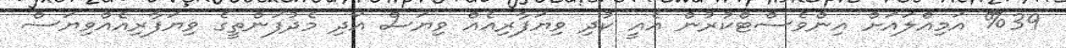
%39 އަމިއްލައަށް އިންވެސްޓްކުރުން އެއީ ކުދި ވިޔަފާރިއެއް ވިޔަސް އަދި މެދުފަންތީގެ ވިޔަފާރިއެއްވިޔަސް